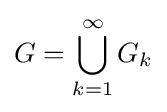
G=\bigcup _{k=1}^{\infty }G_{k}